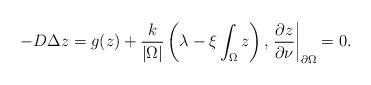
LaTeX: \begin{align*} -D\Delta z=g(z)+\frac{k}{\vert\Omega\vert}\left(\lambda-\xi\int_\Omega z\right), \left. \frac{\partial z}{\partial\nu}\right\vert_{\partial\Omega}=0. \end{align*}